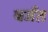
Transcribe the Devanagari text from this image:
वर्जत